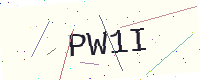
Text: PW1I